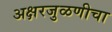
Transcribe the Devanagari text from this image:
अक्षरजुळणीचा